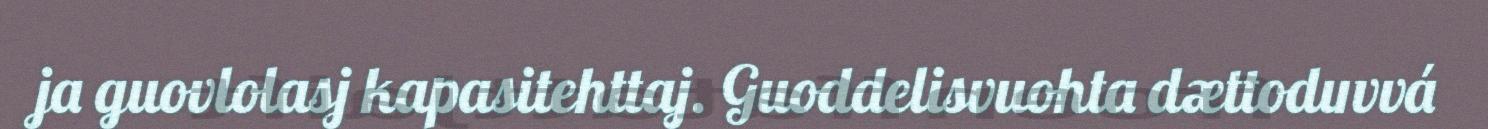
ja guovlolasj kapasitehttaj. Guoddelisvuohta dættoduvvá